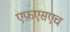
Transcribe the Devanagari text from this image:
एफ़एसएच